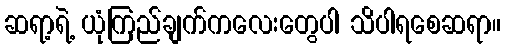
ဆရာ့ရဲ့ ယုံကြည်ချက်ကလေးတွေပါ သိပါရစေဆရာ။